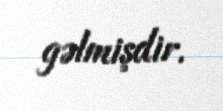
gəlmişdir.